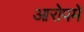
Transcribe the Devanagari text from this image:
आरोपमें